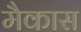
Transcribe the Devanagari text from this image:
मैकास